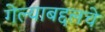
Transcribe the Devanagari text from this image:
गेल्याबद्दलचे